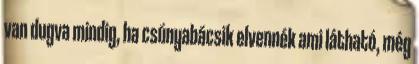
van dugva mindig, ha csúnyabácsik elvennék ami látható, még